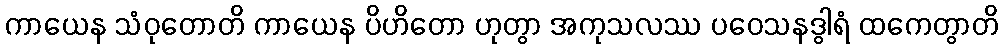
ကာယေန သံဝုတောတိ ကာယေန ပိဟိတော ဟုတွာ အကုသလဿ ပဝေသနဒွါရံ ထကေတွာတိ